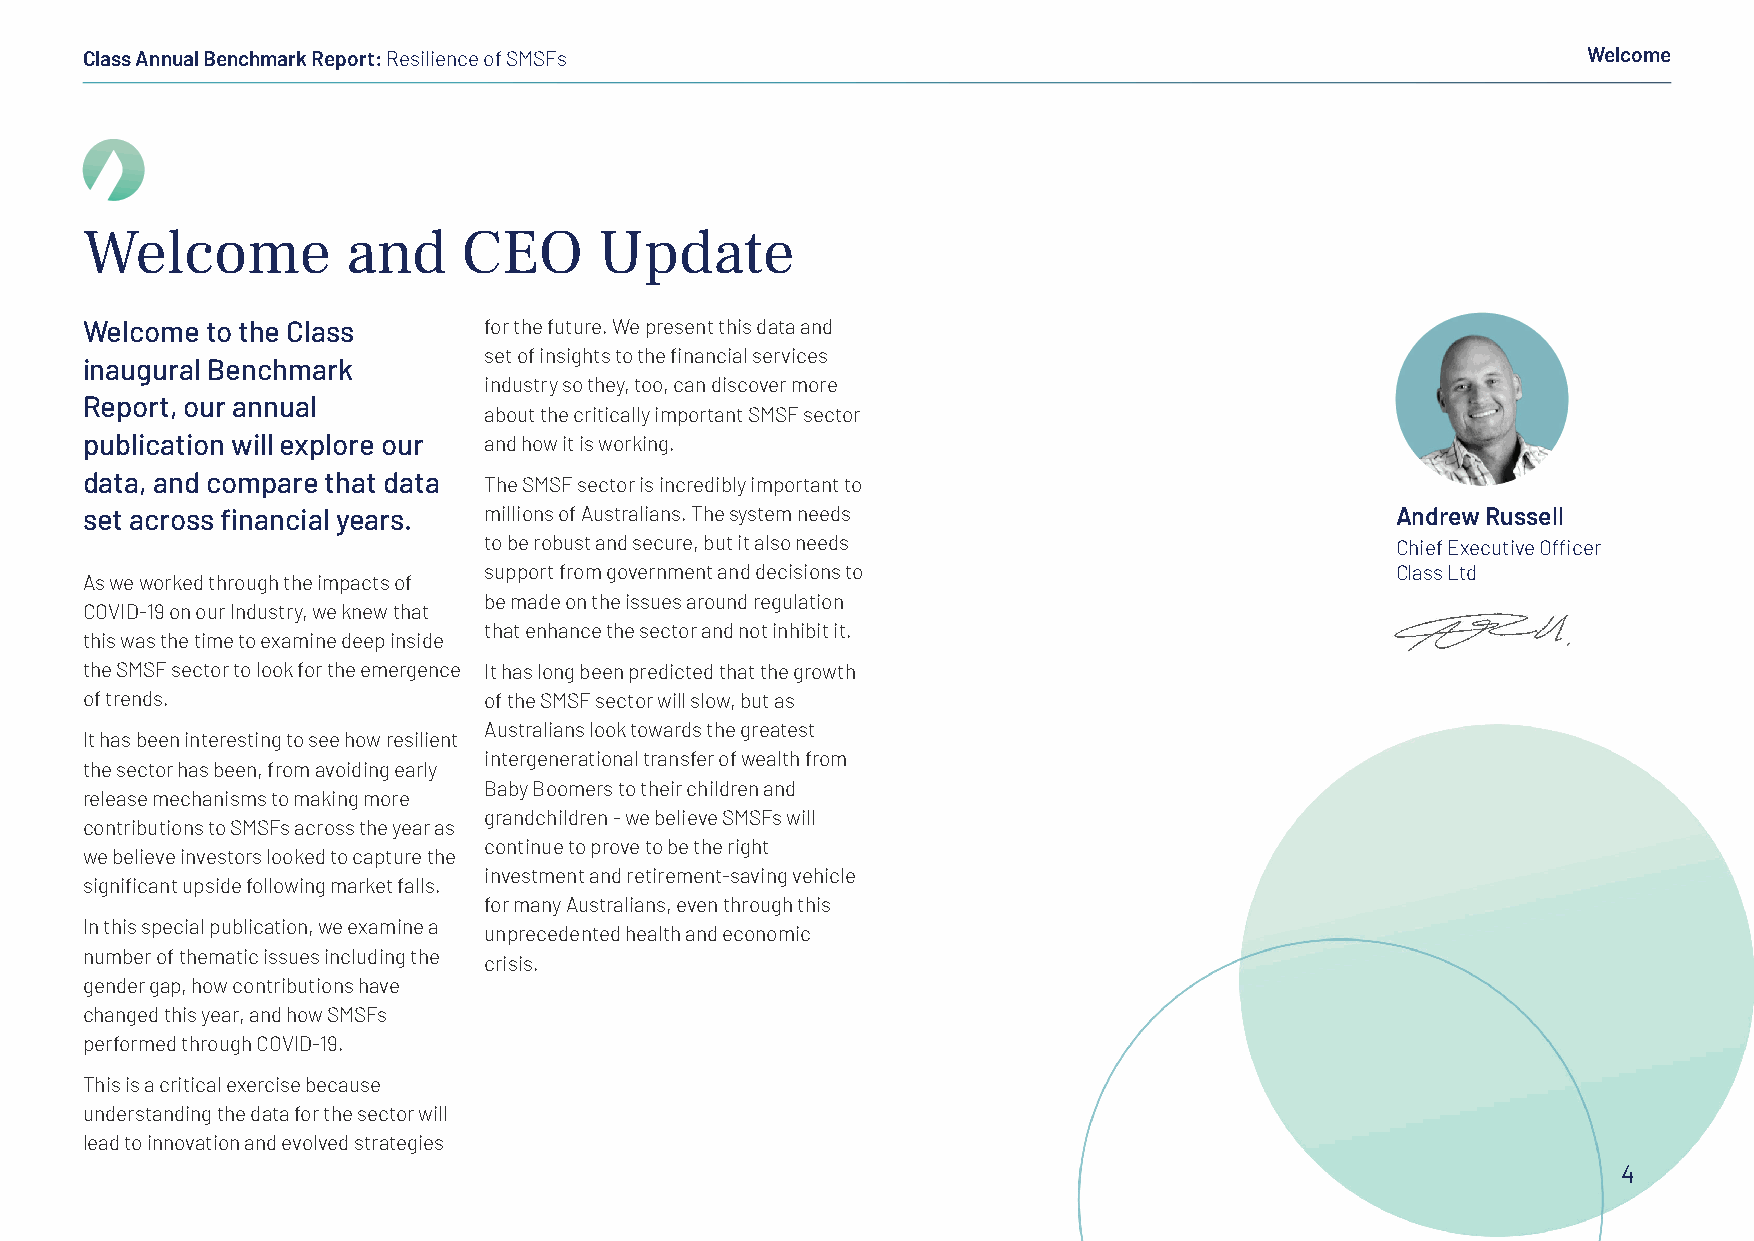
Class Annual Benchmark Report: Resilience of SMSFs                                                  Welcome
 Welcome           and     CEO      Update
 Welcome  to the Class      for the future. We present this data and
 set of insights to the financial services
 inaugural Benchmark
 industry so they, too, can discover more
 Report, our annual
 about the critically important SMSF sector
 publication will explore our and how it is working.
 data, and compare that data The SMSF sector is incredibly important to
 set across financial years. millions of Australians. The system needs                  Andrew Russell
 to be robust and secure, but it also needs                  Chief Executive Officer
 support from government and decisions to                    Class Ltd
 As we worked through the impacts of
 be made on the issues around regulation
 COVID-19 on our Industry, we knew that
 that enhance the sector and not inhibit it.
 this was the time to examine deep inside
 the SMSF sector to look for the emergence It has long been predicted that the growth
 of trends.                 of the SMSF sector will slow, but as
 Australians look towards the greatest
 It has been interesting to see how resilient
 intergenerational transfer of wealth from
 the sector has been, from avoiding early
 Baby Boomers to their children and
 release mechanisms to making more
 grandchildren - we believe SMSFs will
 contributions to SMSFs across the year as
 continue to prove to be the right
 we believe investors looked to capture the
 investment and retirement-saving vehicle
 significant upside following market falls.
 for many Australians, even through this
 In this special publication, we examine a
 unprecedented health and economic
 number of thematic issues including the
 crisis.
 gender gap, how contributions have
 changed this year, and how SMSFs
 performed through COVID-19.
 This is a critical exercise because
 understanding the data for the sector will
 lead to innovation and evolved strategies
 4